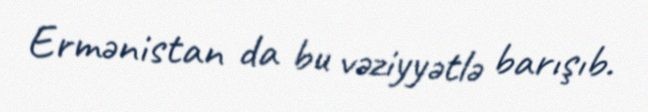
Ermənistan da bu vəziyyətlə barışıb.